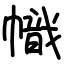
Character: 幟